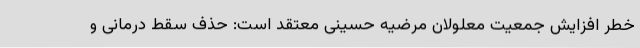
خطر افزایش جمعیت معلولان مرضیه حسینی معتقد است: حذف سقط درمانی و